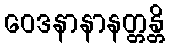
ဝေဒနာနာနတ္တန္တိ